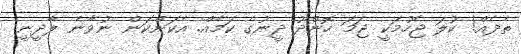
ތެދެއް! ކުލަ ޖެހުމަކީ ޖަމަ ހޮންދޫ ދީނުގެ ކަމެއް. އެކަންކަން ނުވާނެ ލާދީނީ